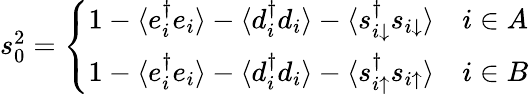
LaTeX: \begin{array}{r}{s_{0}^{2}=\left\{ \begin{array}{ll}{1-\langle e_{i}^{\dagger}e_{i}\rangle-\langle d_{i}^{\dagger}d_{i}\rangle-\langle s_{i\downarrow}^{\dagger}s_{i\downarrow}\rangle}&{i\in A}\\ {1-\langle e_{i}^{\dagger}e_{i}\rangle-\langle d_{i}^{\dagger}d_{i}\rangle-\langle s_{i\uparrow}^{\dagger}s_{i\uparrow}\rangle}&{i\in B}\end{array}\right.}\end{array}